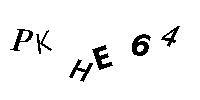
PKHE64